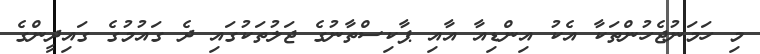
މި ހަމަނުޖެހުންތަކާ އެކު އިންޑިއާ އާއި ޕާކިސްތާނުގެ ޖަލުތަކުގައި ދެ ގައުމުގެ ގައިދީންގެ